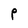
Character: P